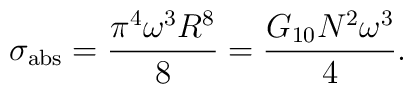
\sigma_{\rm abs}=\frac{\pi^4\omega^3 R^8}{8}=\frac{G_{10}N^2\omega^3}{4}.